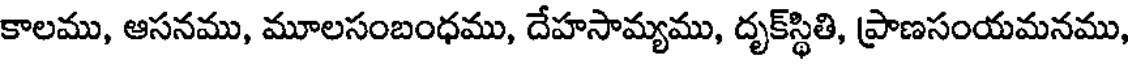
కాలము, ఆసనము, మూలసంబంధము, దేహసామ్యము, దృక్స్థితి, ప్రాణసంయమనము,